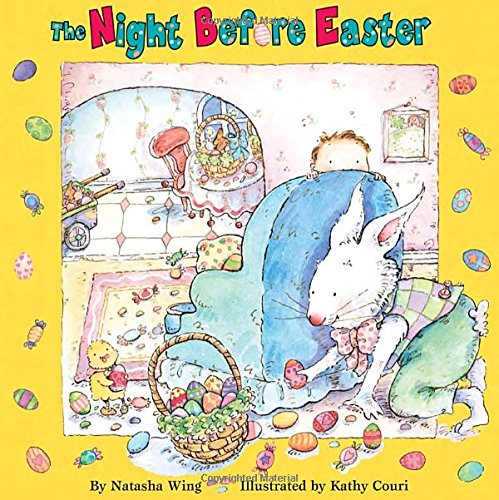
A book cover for The Night Before Easter; Natasha Wing; Children's Books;